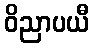
ဝိညာပယီ